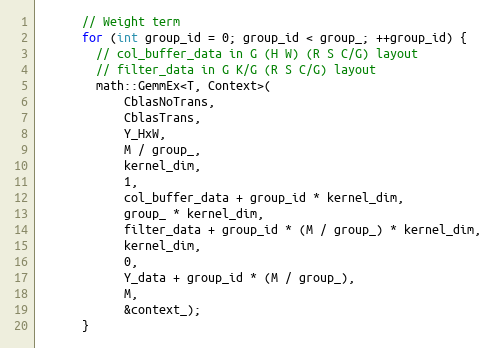
Language: C
      // Weight term
      for (int group_id = 0; group_id < group_; ++group_id) {
        // col_buffer_data in G (H W) (R S C/G) layout
        // filter_data in G K/G (R S C/G) layout
        math::GemmEx<T, Context>(
            CblasNoTrans,
            CblasTrans,
            Y_HxW,
            M / group_,
            kernel_dim,
            1,
            col_buffer_data + group_id * kernel_dim,
            group_ * kernel_dim,
            filter_data + group_id * (M / group_) * kernel_dim,
            kernel_dim,
            0,
            Y_data + group_id * (M / group_),
            M,
            &context_);
      }